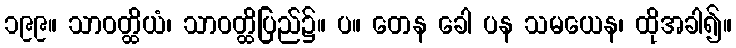
၁၉၉။ သာဝတ္ထိယံ၊ သာဝတ္ထိပြည်၌။ ပ။ တေန ခေါ ပန သမယေန၊ ထိုအခါ၍။